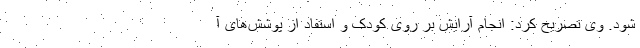
شود. وی تصریح کرد: انجام آرایش بر روی کودک و استفاد از پوشش‌های آ